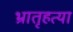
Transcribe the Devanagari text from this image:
भ्रातृहत्या